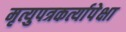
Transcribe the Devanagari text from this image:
मृत्युपत्रकर्त्यापेक्षा